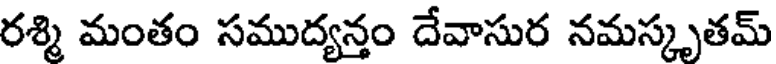
రశ్మి మంతం సముద్యన్తం దేవాసుర నమస్కృతమ్